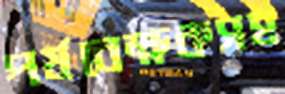
পর্যবেক্ষকসহ